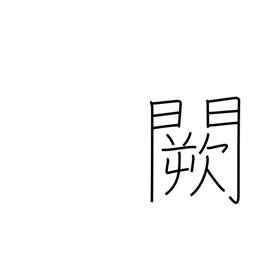
Meaning: imperial palace